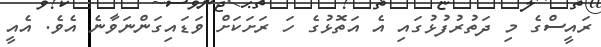
ރައީސްގެ މި ދަތުރުފުޅުގައި އެ އަތޮޅުގެ ހަ ރަށަކަށް ވަޑައިގަންނަވާނެ އެވެ. އެއީ